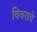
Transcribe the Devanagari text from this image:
विवरावे